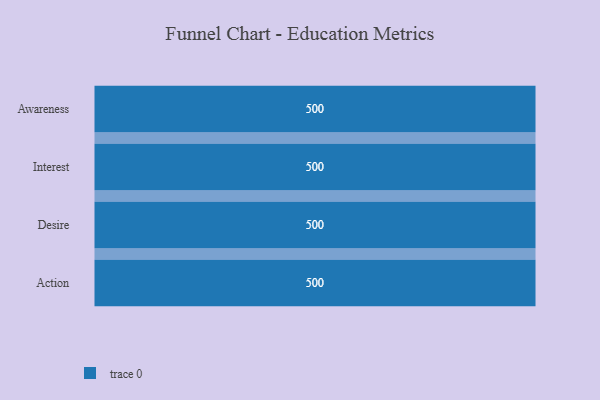
{"axis": {"x": "Stage", "y": "Value"}, "legend": [""], "data": [{"x": "Awareness", "y": 500, "type": ""}, {"x": "Interest", "y": 500, "type": ""}, {"x": "Desire", "y": 500, "type": ""}, {"x": "Action", "y": 500, "type": ""}]}